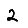
Digit: 2